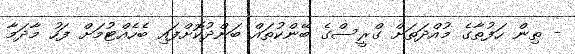
- ތިން ހަފުތާގެ މުއްދަތަށް ގްރީސްގެ ބޭންކުތައް ބަންދުކޮށްފައި ބެހެއްޓުމަށް ފަހު މާދަމާ